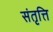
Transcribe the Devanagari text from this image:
संतृत्ति